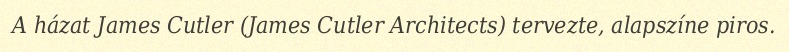
A házat James Cutler (James Cutler Architects) tervezte, alapszíne piros.